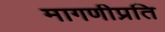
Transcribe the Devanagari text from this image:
मागणीप्रति